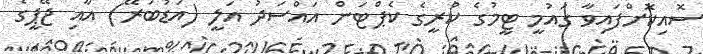
ސޮއިކޮށްފައިވާ ގައުމީ ޓީމުގެ ކުރީގެ ކެޕްޓަން އައްސަދު އަލީ (އަޑުބަރޭ) އާއި ޖޭޕީގެ